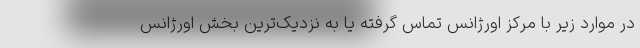
در موارد زیر با مرکز اورژانس تماس گرفته یا به نزدیک‌ترین بخش اورژانس